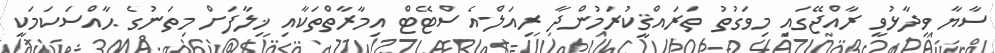
ސާޔާ ވިދާޅުވީ ރާއްޖޭގައި މިވަގުތު ތަރައްޤީކުރަމުންދާ ރިއަލް-އެސްޓޭޓް އިމާރާތްތަކާއި ޚިލާފަށް މިތަނުގެ ޙާއްސަކަމަކީ